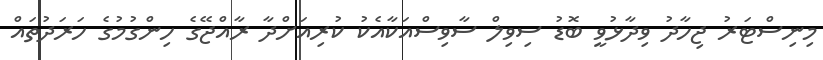
މިނިސްޓަރު ޖިހާދު ވިދާޅުވީ ބޮޑު ސިވިލް ސާވިސްއަކާއެކު ކުރިއަށްދާ ރާއްޖޭގެ ހިންގުމުގެ ހަރަދުތައް